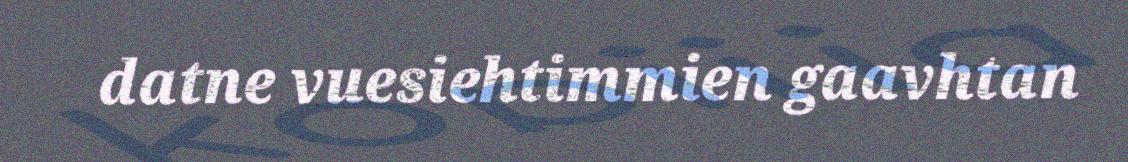
datne vuesiehtimmien gaavhtan